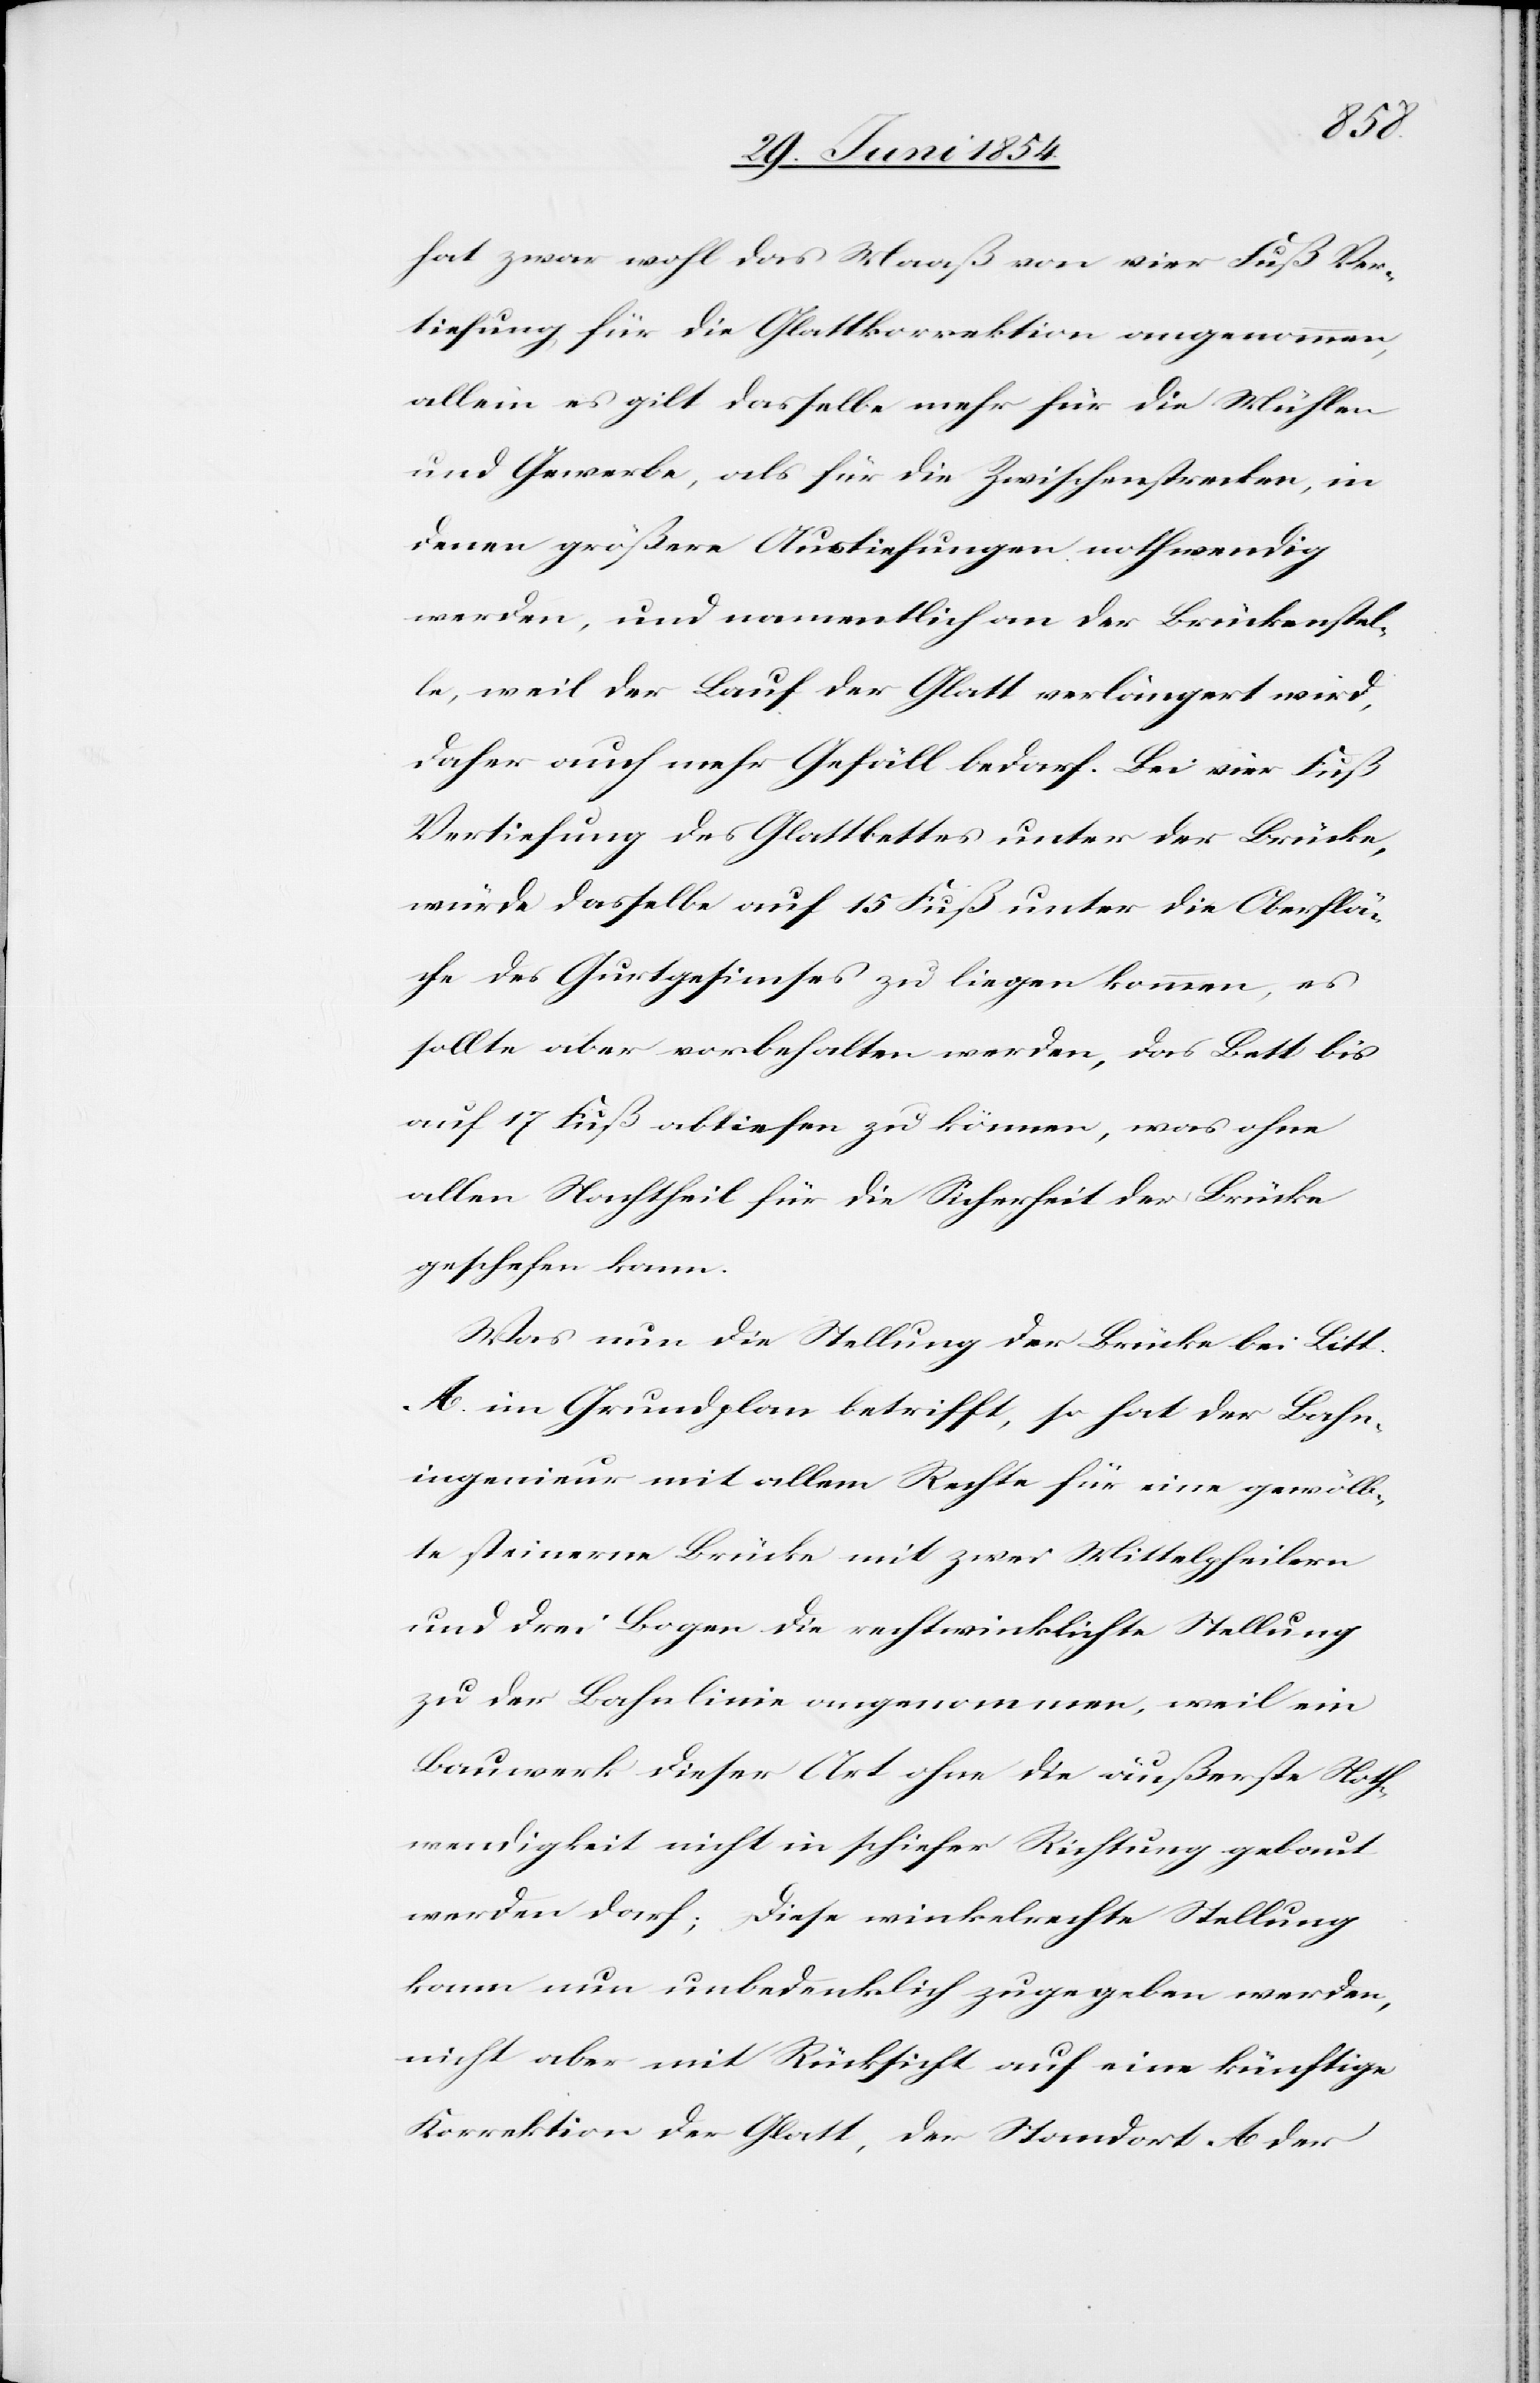
hat zwar wohl das Maaß von vier Fuß Ver¬
tiefung für die Glattkorrektion angenommen,
allein es gilt dasselbe mehr für die Mühlen
und Gewerbe, als für die Zwischenstrecken, in
denen größere Austiefungen nothwendig
werden, und namentlich an der Brückenstel¬
le, weil der Lauf der Glatt verlängert wird,
daher auch mehr Gefäll bedarf. Bei vier Fuß
Vertiefung des Glattbettes unter der Brücke,
würde dasselbe auf 15 Fuß unter die Oberflä¬
che des Gurtgesimses zu liegen kommen, es
sollte aber vorbehalten werden, das Bett bis
auf 17 Fuß abtiefen zu können, was ohne
allen Nachtheil für die Sicherheit der Brücke
geschehen kann.
Was nun die Stellung der Brücke bei Litt.
A. im Grundplan betrifft, so hat der Bahn¬
ingenieur mit allem Rechte für eine gewölb¬
te steinerne Brücke mit zwei Mittelpfeilern
und drei Bogen die rechtwinklichte Stellung
zu der Bahnlinie angenommen, weil ein
Bauwerk dieser Art ohne die äußerste Noth¬
wendigkeit nicht in schiefer Richtung gebaut
werden darf; diese winkelrechte Stellung
kann nun unbedenklich zugegeben werden,
nicht aber mit Rücksicht auf eine künftige
Korrektion der Glatt, der Standort A der